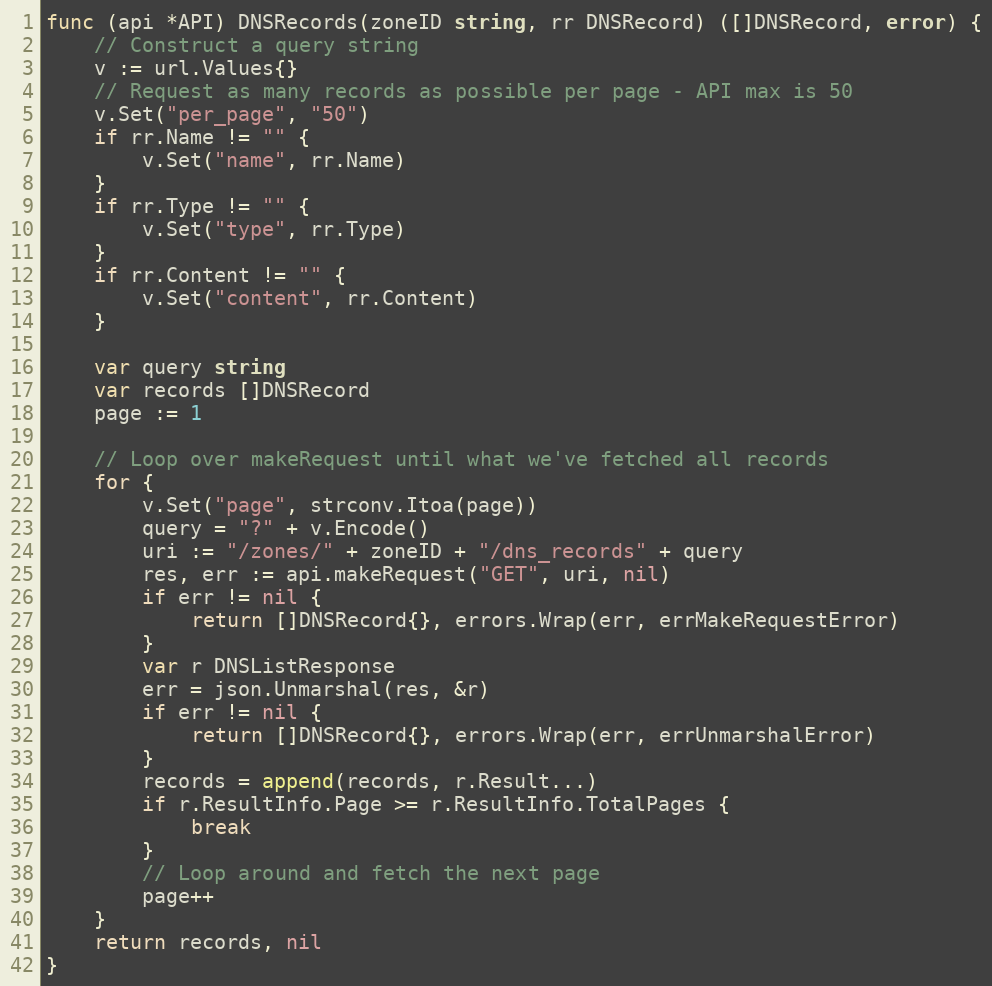
Language: Go
func (api *API) DNSRecords(zoneID string, rr DNSRecord) ([]DNSRecord, error) {
	// Construct a query string
	v := url.Values{}
	// Request as many records as possible per page - API max is 50
	v.Set("per_page", "50")
	if rr.Name != "" {
		v.Set("name", rr.Name)
	}
	if rr.Type != "" {
		v.Set("type", rr.Type)
	}
	if rr.Content != "" {
		v.Set("content", rr.Content)
	}

	var query string
	var records []DNSRecord
	page := 1

	// Loop over makeRequest until what we've fetched all records
	for {
		v.Set("page", strconv.Itoa(page))
		query = "?" + v.Encode()
		uri := "/zones/" + zoneID + "/dns_records" + query
		res, err := api.makeRequest("GET", uri, nil)
		if err != nil {
			return []DNSRecord{}, errors.Wrap(err, errMakeRequestError)
		}
		var r DNSListResponse
		err = json.Unmarshal(res, &r)
		if err != nil {
			return []DNSRecord{}, errors.Wrap(err, errUnmarshalError)
		}
		records = append(records, r.Result...)
		if r.ResultInfo.Page >= r.ResultInfo.TotalPages {
			break
		}
		// Loop around and fetch the next page
		page++
	}
	return records, nil
}